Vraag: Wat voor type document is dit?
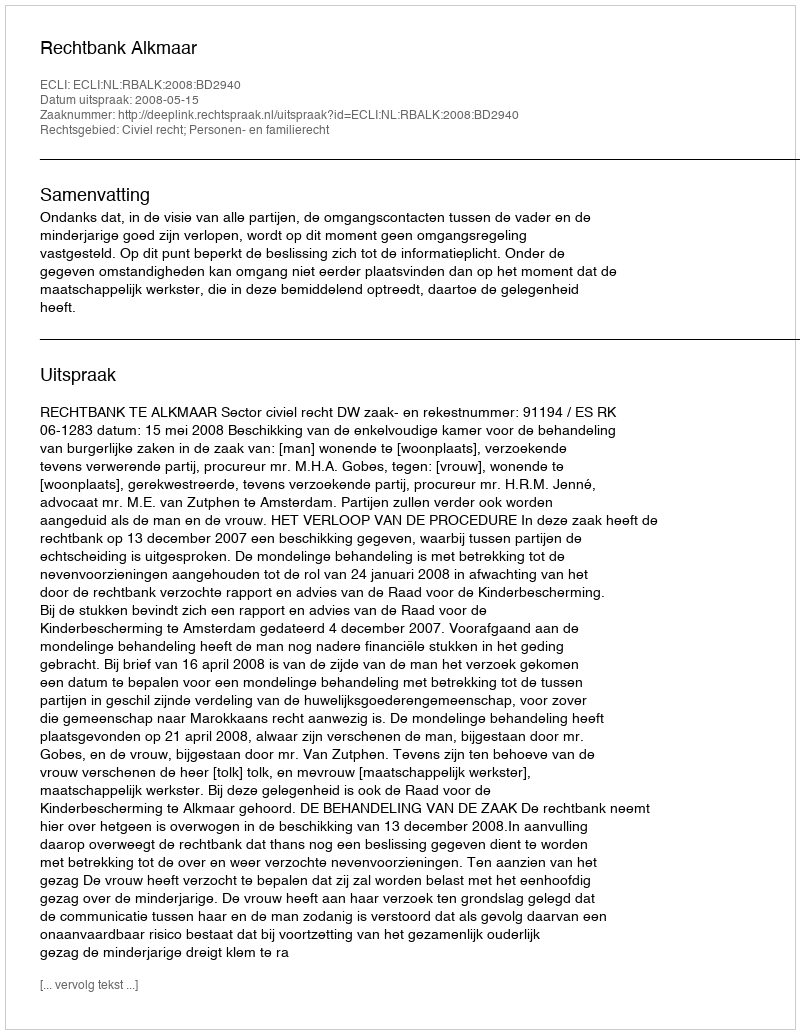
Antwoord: Uitspraak